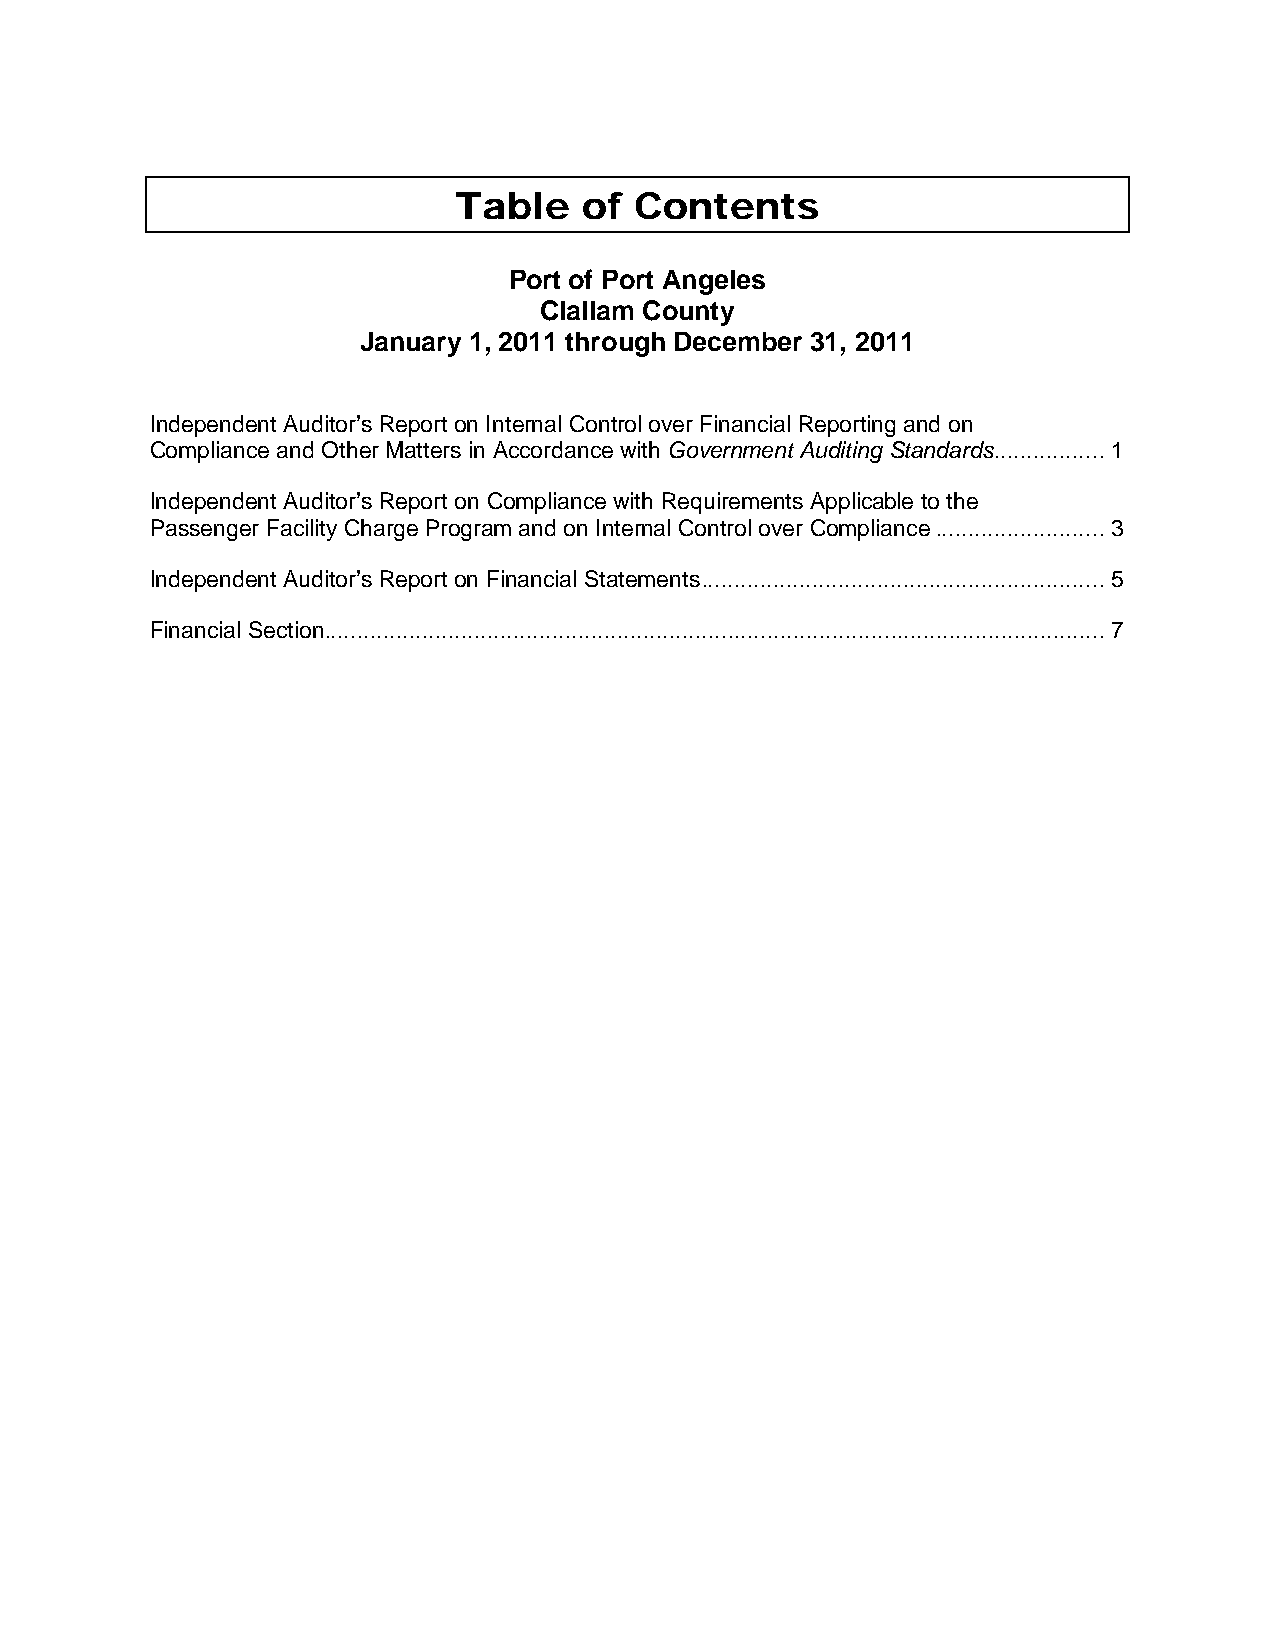
Table    of Contents
 Port of Port Angeles
 Clallam County
 January 1, 2011 through December 31, 2011
 Independent Auditor’s Report on Internal Control over Financial Reporting and on
 Compliance and Other Matters in Accordance with Government Auditing Standards ................. 1
 Independent Auditor’s Report on Compliance with Requirements Applicable to the
 Passenger Facility Charge Program and on Internal Control over Compliance .......................... 3
 Independent Auditor’s Report on Financial Statements .............................................................. 5
 Financial Section ........................................................................................................................ 7